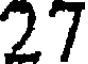
27